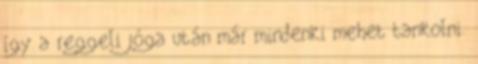
így a reggeli jóga után már mindenki mehet tankolni.